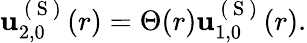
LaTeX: \begin{array}{r}{\mathbf{u}_{2,0}^{\mathrm{~(~S~)~}}(r)=\Theta(r)\mathbf{u}_{1,0}^{\mathrm{~(~S~)~}}(r).}\end{array}